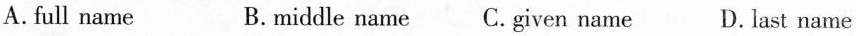
A.full name B.middle name C.given name D.last name